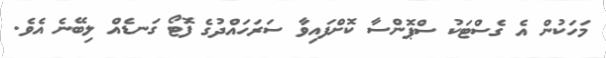
މަހަކުން އެ ގެސްޓަކު ސްޕޮންސާ ކޮށްފައިވާ ސަރަހައްދުގެ ފޮޓޯ ގަނޑެއް ލިބޭނެ އެވެ.